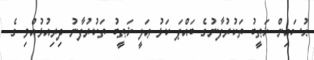
ޙުސައިން ޚަޠީބު ތަކުރުފާނުގެ ބައްޕަ ކަޅު ޢަލީ ޚަޠީބު ތަކުރުފާނު ދިރިއުޅުއްވި ގެ